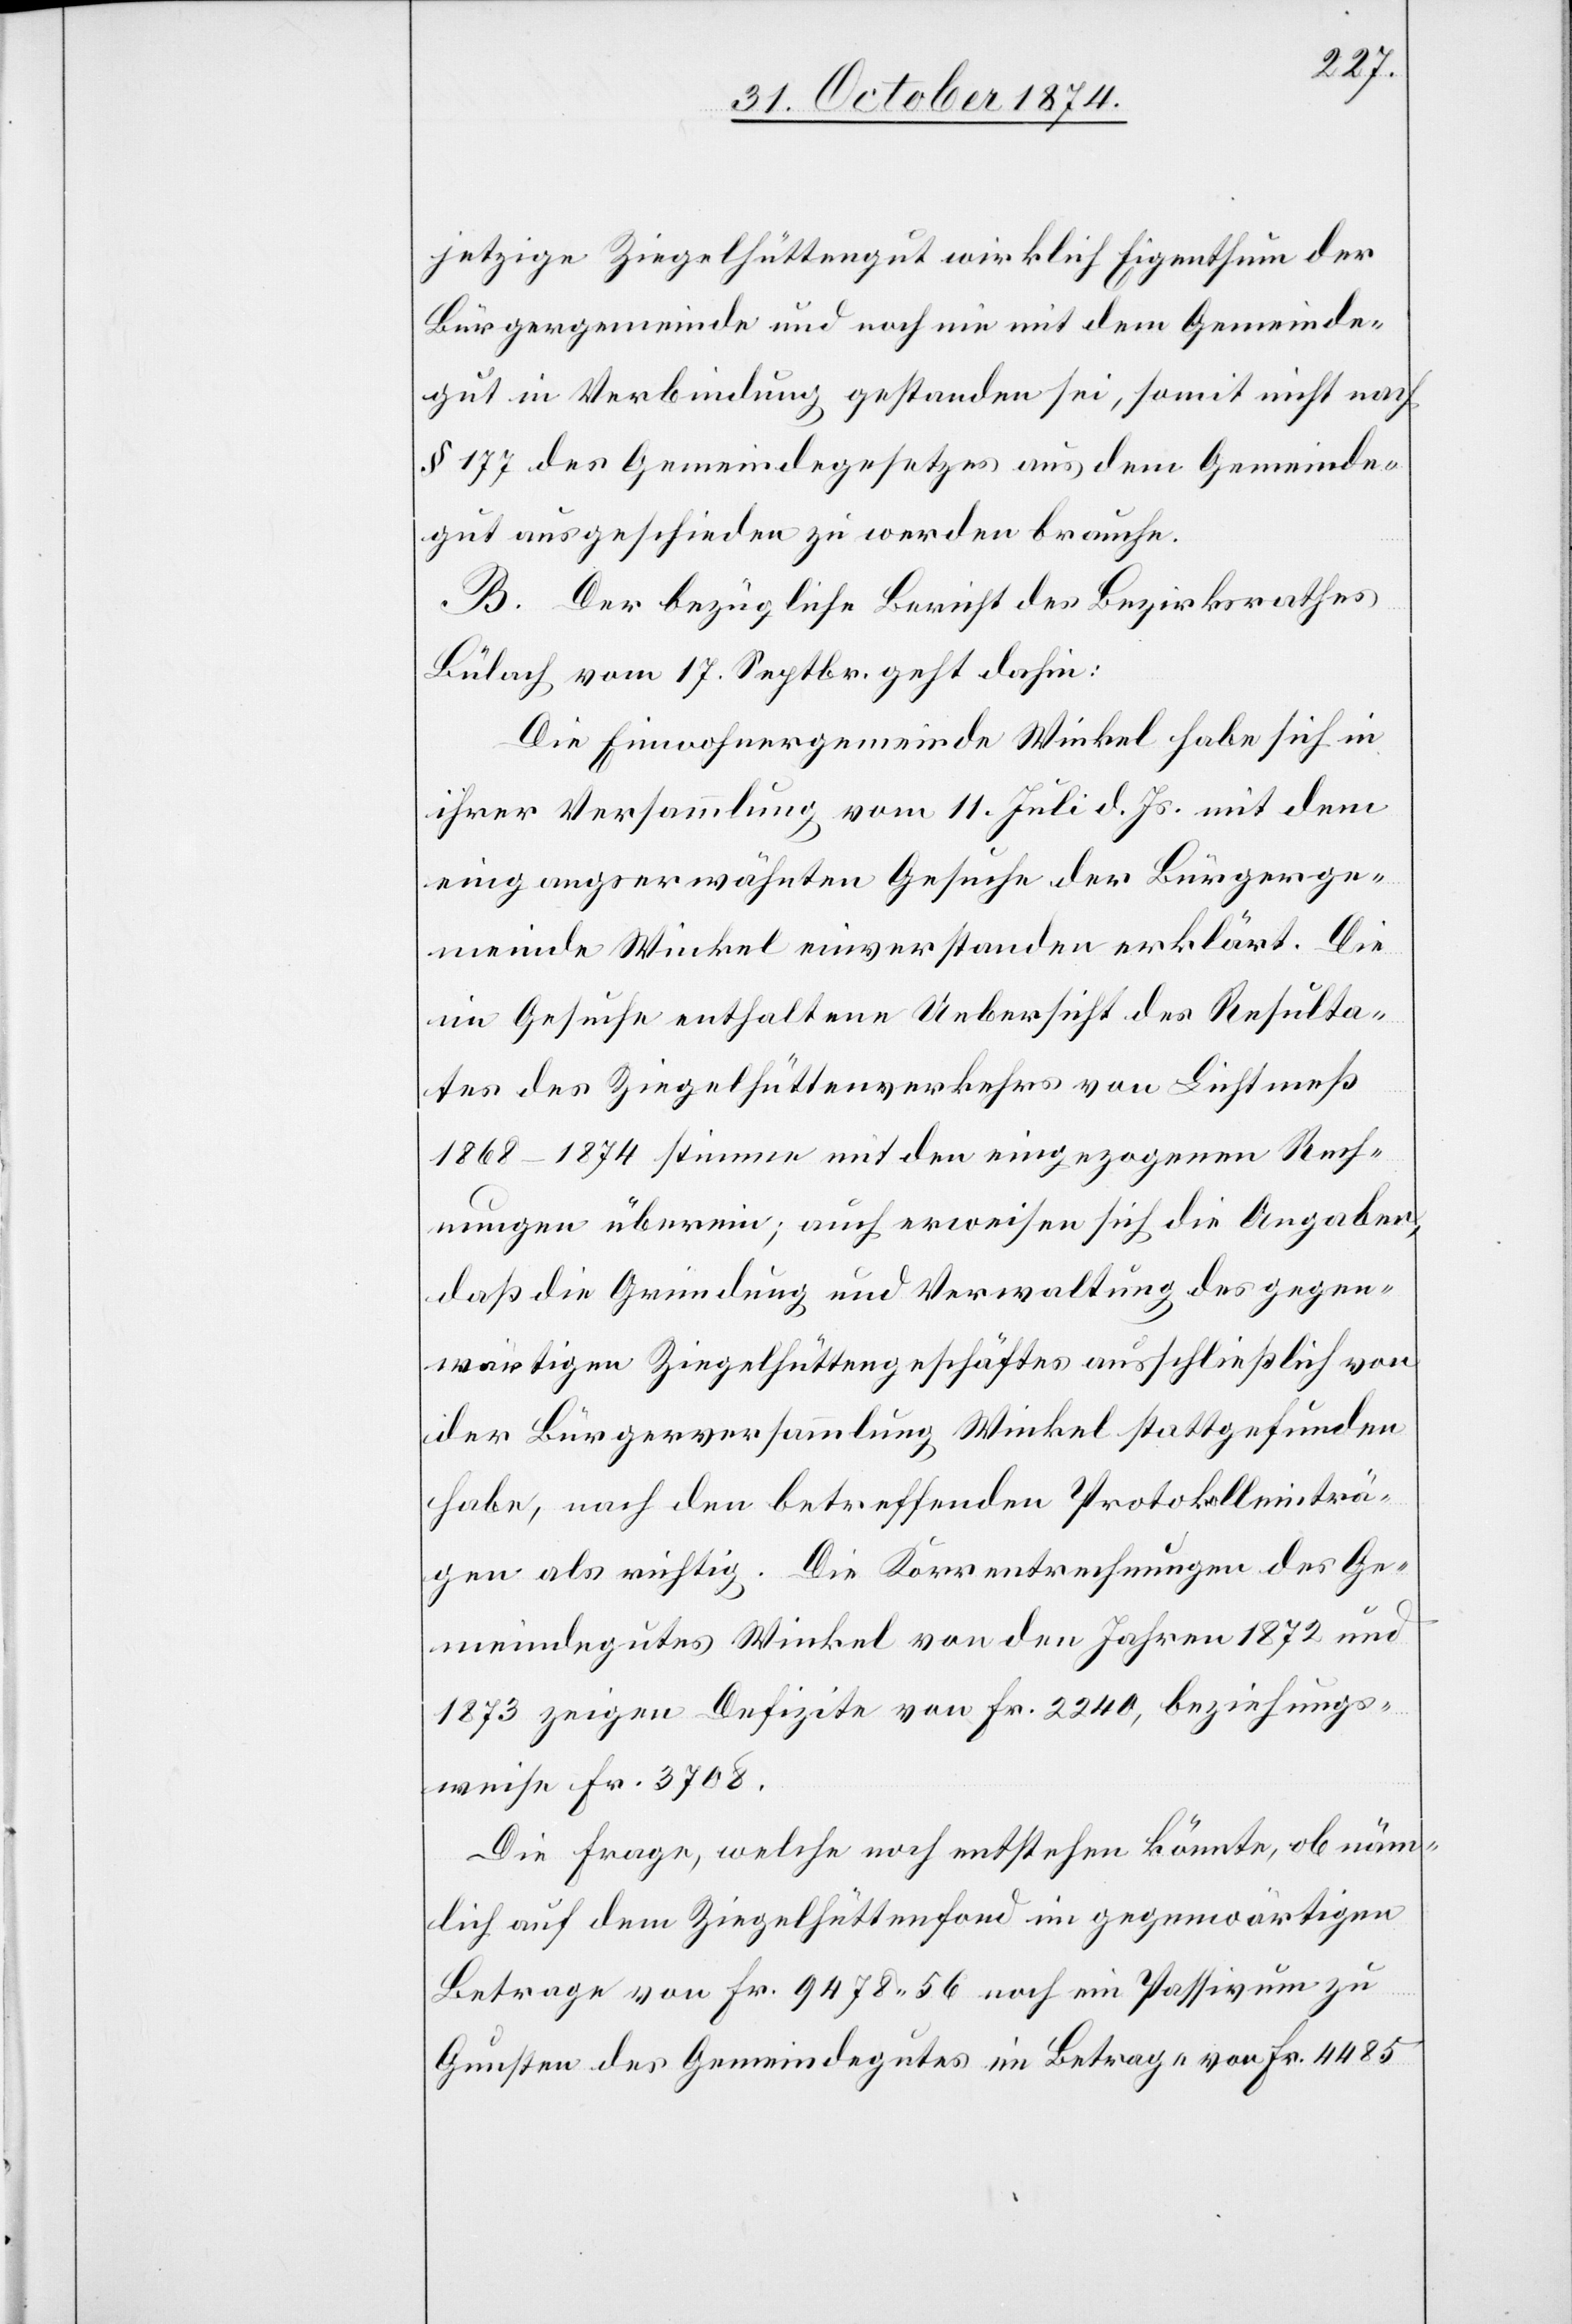
jetzige Ziegelhüttengut wirklich Eigenthum der
Bürgergemeinde und noch nie mit dem Gemeinde¬
gut in Verbindung gestanden sei, somit nicht nach
§ 177 des Gemeindegesetzes aus dem Gemeinde¬
gut ausgeschieden zu werden brauche.
B. Der bezügliche Bericht des Bezirksrathes
Bülach vom 17. Septbr. geht dahin:
Die Einwohnergemeinde Winkel habe sich in
ihrer Versammlung vom 11. Juli d. Js. mit dem
eingangserwähnten Gesuche der Bürgerge¬
meinde Winkel einverstanden erklärt. Die
im Gesuche enthaltene Uebersicht des Resulta¬
tes des Ziegelhüttenverkehrs von Lichtmeß
1868–1874 stimme mit den eingezogenen Rech¬
nungen überein; auch erweisen sich die Angaben,
daß die Gründung und Verwaltung des gegen¬
wärtigen Ziegelhüttengeschäftes ausschließlich von
der Bürgerversammlung Winkel stattgefunden
habe, nach den betreffenden Protokolleinträ¬
gen als richtig. Die Korrentrechnungen des Ge¬
meindegutes Winkel von den Jahren 1872 und
1873 zeigen Defizite von Fr. 2240, beziehungs¬
weise Fr. 3708.
Die Frage, welche noch entstehen könnte, ob näm¬
lich auf dem Ziegelhüttenfond im gegenwärtigen
Betrage von Fr. 9478.56 noch ein Passivum zu
Gunsten des Gemeindegutes im Betrage von Fr. 4485